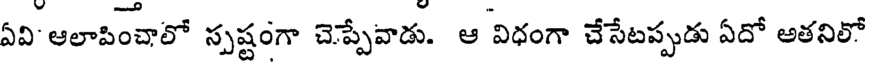
ఏవి' ఆలాపించాలో స్పష్టంగా చెప్పేవాడు. ఆ విధంగా చేసేటప్పుడు ఏదో అతనిలో